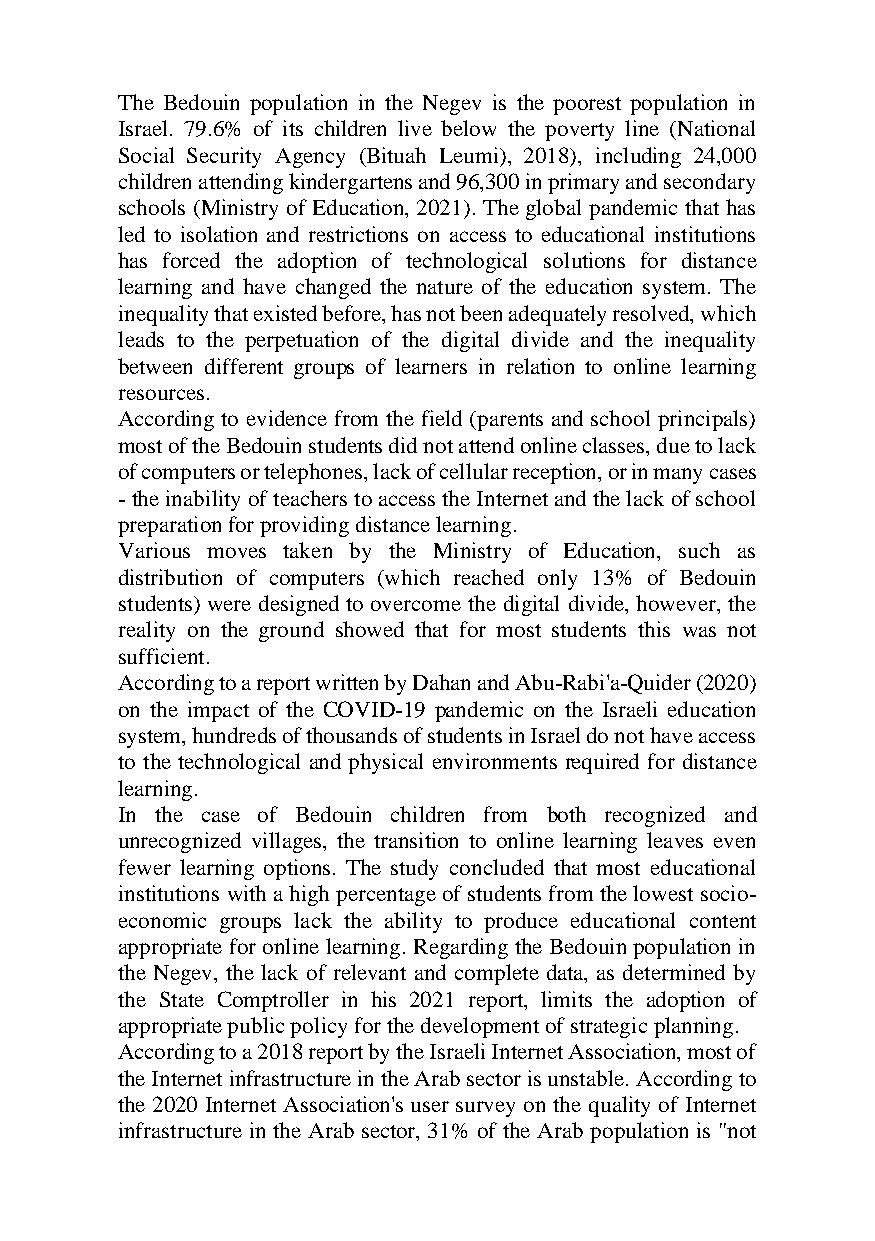
The Bedouin population in the Negev is the poorest population in
 Israel. 79.6% of its children live below the poverty line (National
 Social Security Agency (Bituah Leumi), 2018), including 24,000
 children attending kindergartens and 96,300 in primary and secondary
 schools (Ministry of Education, 2021). The global pandemic that has
 led to isolation and restrictions on access to educational institutions
 has forced the adoption of technological solutions for distance
 learning and have changed the nature of the education system. The
 inequality that existed before, has not been adequately resolved, which
 leads to the perpetuation of the digital divide and the inequality
 between different groups of learners in relation to online learning
 resources.
 According to evidence from the field (parents and school principals)
 most of the Bedouin students did not attend online classes, due to lack
 of computers or telephones, lack of cellular reception, or in many cases
 - the inability of teachers to access the Internet and the lack of school
 preparation for providing distance learning.
 Various moves taken by the Ministry of Education, such as
 distribution of computers (which reached only 13% of Bedouin
 students) were designed to overcome the digital divide, however, the
 reality on the ground showed that for most students this was not
 sufficient.
 According to a report written by Dahan and Abu-Rabi'a-Quider (2020)
 on the impact of the COVID-19 pandemic on the Israeli education
 system, hundreds of thousands of students in Israel do not have access
 to the technological and physical environments required for distance
 learning.
 In the case of Bedouin children from both recognized and
 unrecognized villages, the transition to online learning leaves even
 fewer learning options. The study concluded that most educational
 institutions with a high percentage of students from the lowest socio-
 economic groups lack the ability to produce educational content
 appropriate for online learning. Regarding the Bedouin population in
 the Negev, the lack of relevant and complete data, as determined by
 the State Comptroller in his 2021 report, limits the adoption of
 appropriate public policy for the development of strategic planning.
 According to a 2018 report by the Israeli Internet Association, most of
 the Internet infrastructure in the Arab sector is unstable. According to
 the 2020 Internet Association's user survey on the quality of Internet
 infrastructure in the Arab sector, 31% of the Arab population is "not